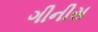
ગીનીસ